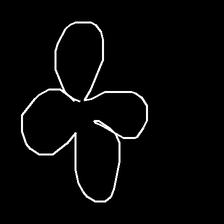
Glyph: billowing